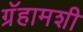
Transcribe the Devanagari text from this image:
ग्रॅहामशी